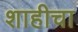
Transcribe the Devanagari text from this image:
शाहीचा